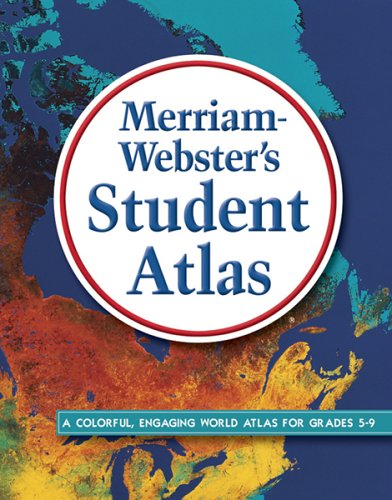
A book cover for Merriam-Webster's Student Atlas; Merriam-Webster; Reference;